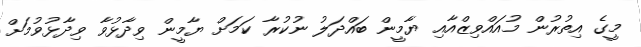
މީގެ އިތުރުން މުއައްވިޒްއާއި ޔާމީން ބައްދަލު ނުކުރާ ކަމަށް ޔާމީން ވިދާޅުވާ ވިދާޅުވުމަށް